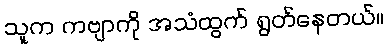
သူက ကဗျာကို အသံထွက် ရွတ်နေတယ်။